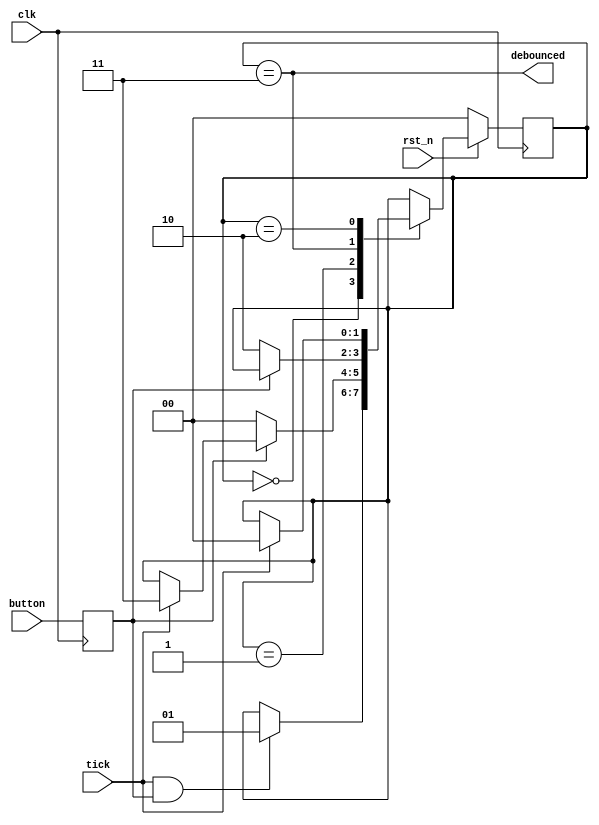
module debouncer (
    input wire clk,
    input rst_n,
    input wire tick,
    input wire button,
    output wire debounced
);
    // Synchronize and debounce input signals
    // Clock cycle is several ms, so single flop is sufficient for metastability avoidance
    reg button_d;
    reg [1:0] state;
    parameter Idle     = 2'b00;
    parameter Glitch   = 2'b01;
    parameter Pressed  = 2'b11;
    parameter Released = 2'b10;
    always @(posedge clk) begin
      button_d <= button;
      if (!rst_n) state <= 2'b00;
      else
        case (state)
            Idle: if (tick & button_d) state <= 2'b01;  
                 
            Glitch: if (!button_d) state <= 2'b00;
                    else if (tick) state <= 2'b11;
                  
            Pressed: if (!button_d) state <= 2'b10;
                   
            Released: if (tick) state <= 2'b00;
        endcase
    end
    assign debounced = (state == 2'b11);
endmodule